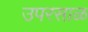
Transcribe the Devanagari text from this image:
उपरसाळ